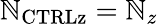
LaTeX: \mathbb{N}_{\mathrm{{{CTRLz}}}}=\mathbb{N}_{z}